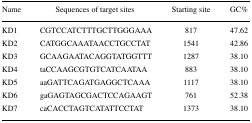
<table><thead><tr><td><b>Name</b></td><td><b>Sequences of target sites</b></td><td><b>Starting site</b></td><td><b>GC%</b></td></tr></thead><tbody><tr><td>KD1</td><td>CGTCCATCTTTGCTTGGGAAA</td><td>817</td><td>47.62</td></tr><tr><td>KD2</td><td>CATGGCAAATAACCTGCCTAT</td><td>1541</td><td>42.86</td></tr><tr><td>KD3</td><td>GCAAGAATACAGGTATGGTTT</td><td>1287</td><td>38.10</td></tr><tr><td>KD4</td><td>taCCAAGCGTGTCATCAATAA</td><td>883</td><td>38.10</td></tr><tr><td>KD5</td><td>aaGATTCAGATGAGGCTCAAA</td><td>1117</td><td>38.10</td></tr><tr><td>KD6</td><td>gaGAGTAGCGACTCCAGAAGT</td><td>761</td><td>52.38</td></tr><tr><td>KD7</td><td>caCACCTAGTCATATTCCTAT</td><td>1373</td><td>38.10</td></tr></tbody></table>